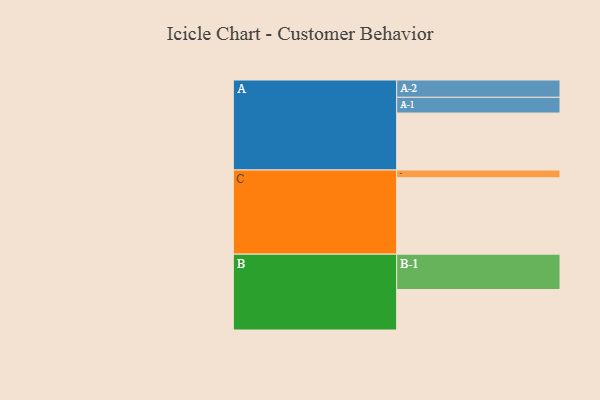
{"axis": {"x": "Segment", "y": "Value"}, "legend": ["", "A", "B", "C"], "data": [{"x": "A", "y": 438, "type": ""}, {"x": "B", "y": 311, "type": ""}, {"x": "C", "y": 587, "type": ""}, {"x": "A-1", "y": 121, "type": "A"}, {"x": "A-2", "y": 133, "type": "A"}, {"x": "B-1", "y": 272, "type": "B"}, {"x": "C-1", "y": 60, "type": "C"}]}